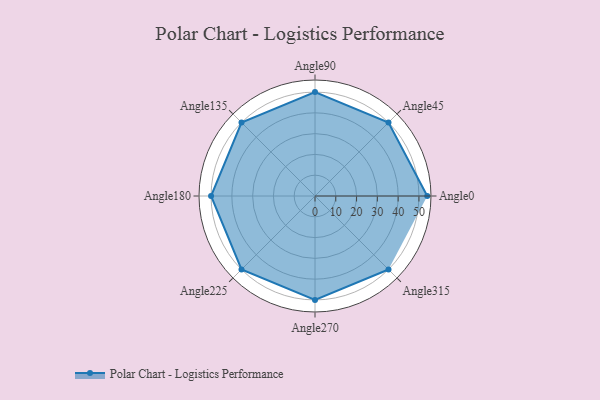
{"axis": {"x": "Angle", "y": "Radius"}, "legend": [""], "data": [{"x": "Angle0", "y": 54.0, "type": ""}, {"x": "Angle45", "y": 50, "type": ""}, {"x": "Angle90", "y": 50, "type": ""}, {"x": "Angle135", "y": 50, "type": ""}, {"x": "Angle180", "y": 50, "type": ""}, {"x": "Angle225", "y": 50, "type": ""}, {"x": "Angle270", "y": 50, "type": ""}, {"x": "Angle315", "y": 50, "type": ""}]}